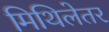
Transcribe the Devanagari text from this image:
मिथिलेतर